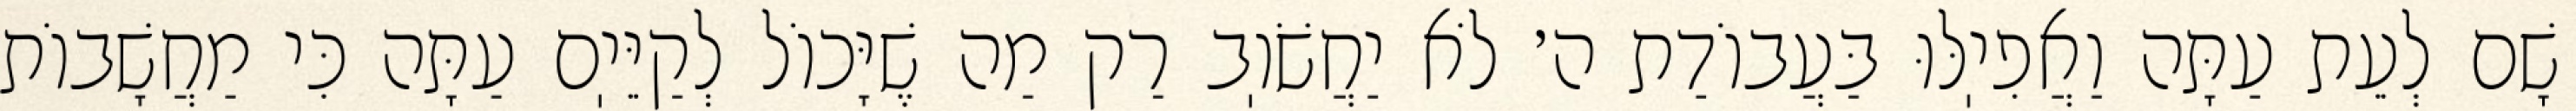
שָׁם לְעֵת עַתָּה וַאֲפִיֽלּוּ בַּעֲבוֹדַת ה׳ לֹא יַחֲשֹׁוֽב רַק מַה שֶׁיָּכוֹל לְקַיֵּיֽם עַתָּה כִּי מַחֲשָׁבוֹת